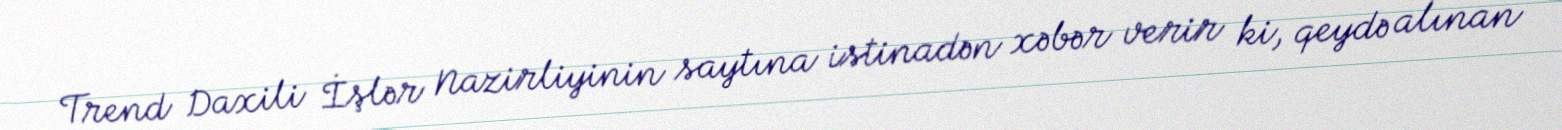
Trend Daxili İşlər Nazirliyinin saytına istinadən xəbər verir ki, qeydə alınan